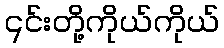
၎င်းတို့ကိုယ်ကိုယ်